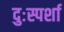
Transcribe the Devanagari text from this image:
दुःस्पर्शा